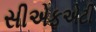
સીએફએટી